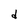
Character: d